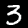
Digit: 3